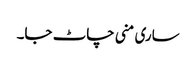
ساری منی چاٹ جا۔